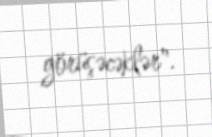
görüşəcəklər".